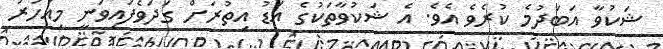
ޝަކުވާ އަބަދުމެ ކުރެވެ އެވެ. އެ ޝަކުވާތަކުގެ އަޑު އިތުރަށް ގަދަވެފައިވަނީ މިއަހަރު